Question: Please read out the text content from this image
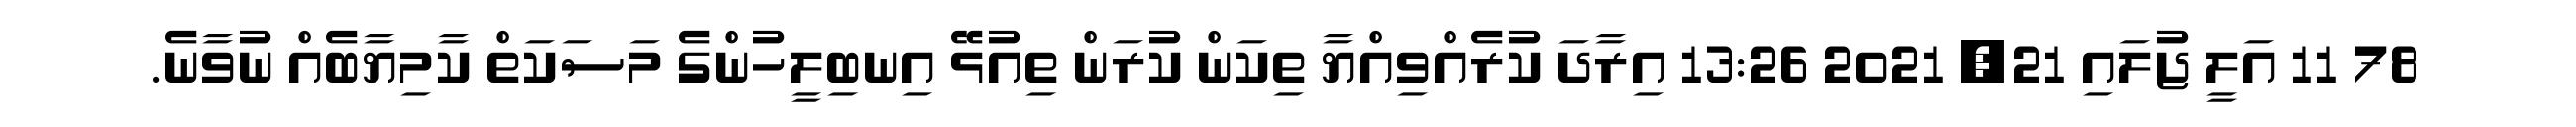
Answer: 78 11 އަލީ ޖުލައި 21, 2021 13:26 އިރާދަ ކުރެއްވިއްޔާ ތިކަން ކުރަން ތިއުޅޭ އިނބިލީހުންގެ މަސަކަތް ކާމިޔާބެއް ނުވާނެ.